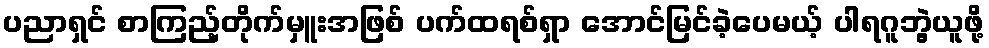
ပညာရှင် စာကြည့်တိုက်မှူးအဖြစ် ပက်ထရစ်ရှာ အောင်မြင်ခဲ့ပေမယ့် ပါရဂူဘွဲ့ယူဖို့